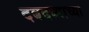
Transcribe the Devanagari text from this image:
दबदब्याच्या